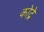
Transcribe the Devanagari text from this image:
कोद्रे